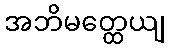
အဘိမတ္ထေယျ